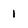
Character: 1